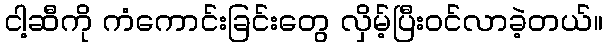
ငါ့ဆီကို ကံကောင်းခြင်းတွေ လှိမ့်ပြီးဝင်လာခဲ့တယ်။